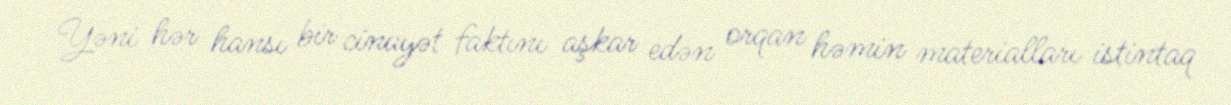
Yəni hər hansı bir cinayət faktını aşkar edən orqan həmin materialları istintaq